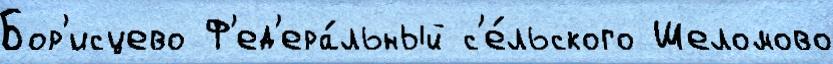
Бор'исцево Ф'ед'ера́льный с'е́льского Шеломово